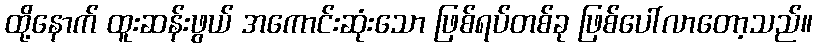
ထို့နောက် ထူးဆန်းဖွယ် အကောင်းဆုံးသော ဖြစ်ရပ်တစ်ခု ဖြစ်ပေါ်လာတော့သည်။